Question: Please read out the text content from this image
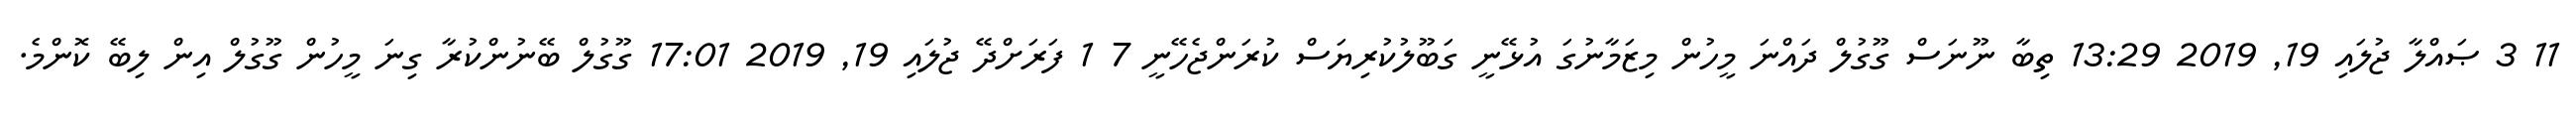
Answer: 11 3 ޞައްލާ ޖުލައި 19, 2019 13:29 ތިބާ ނޫނަސް ގޫގުލް ދައްނަ މީހުން މިޒަމާނުގަ އުޅޭނީ ގަބޫލުކުރިޔަސް ކުރަންޖެހޭނީ 7 1 ފަރަށްދޭ ޖުލައި 19, 2019 17:01 ގޫގުލް ބޭނުންކުރާ ގިނަ މީހުން ގޫގުލް އިން ލިބޭ ކޮންމެ.